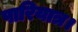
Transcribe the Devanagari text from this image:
पारियात्र।